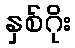
နှစ်ဂိုး